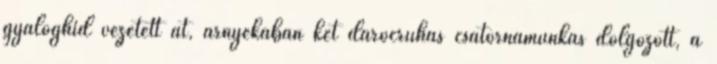
gyaloghíd vezetett át, árnyékában két darócruhás csatornamunkás dolgozott, a